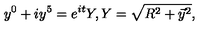
y ^ { 0 } + i y ^ { 5 } = e ^ { i t } Y , Y = \sqrt { R ^ { 2 } + \vec { y } { } ^ { 2 } } ,